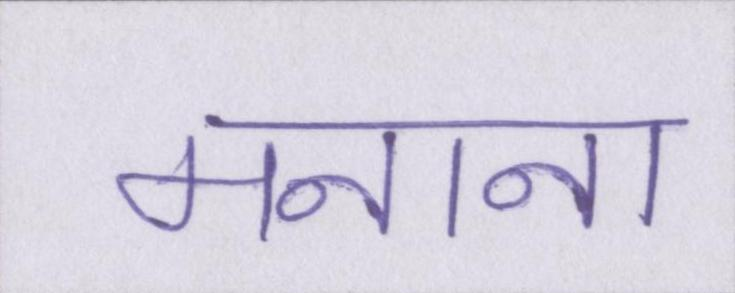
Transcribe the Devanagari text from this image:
मनाना